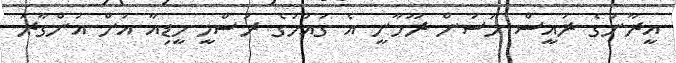
އީރާނުގެ ރައީސް ހަސަން ރޫހާނީ އެ ގައުމުގެ ރަސްމީ މީޑިއާ އަށް އަންގާރަ